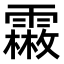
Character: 𩅤